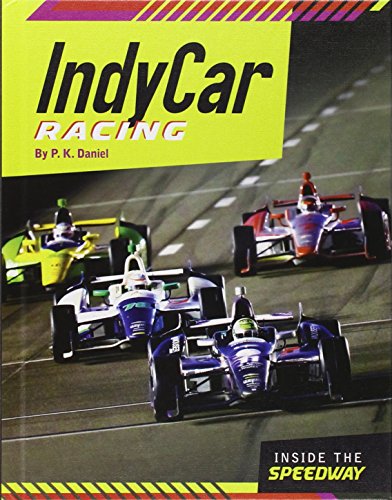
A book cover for IndyCar Racing (Inside the Speedway); P. K Daniel; Children's Books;